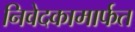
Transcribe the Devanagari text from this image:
निवेदकामार्फत